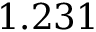
1 . 2 3 1